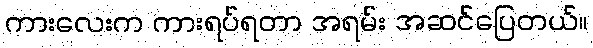
ကားလေးက ကားရပ်ရတာ အရမ်း အဆင်ပြေတယ်။